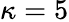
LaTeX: \kappa=5